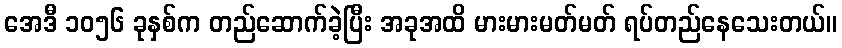
အေဒီ ၁၀၅၆ ခုနှစ်က တည်ဆောက်ခဲ့ပြီး အခုအထိ မားမားမတ်မတ် ရပ်တည်နေသေးတယ်။